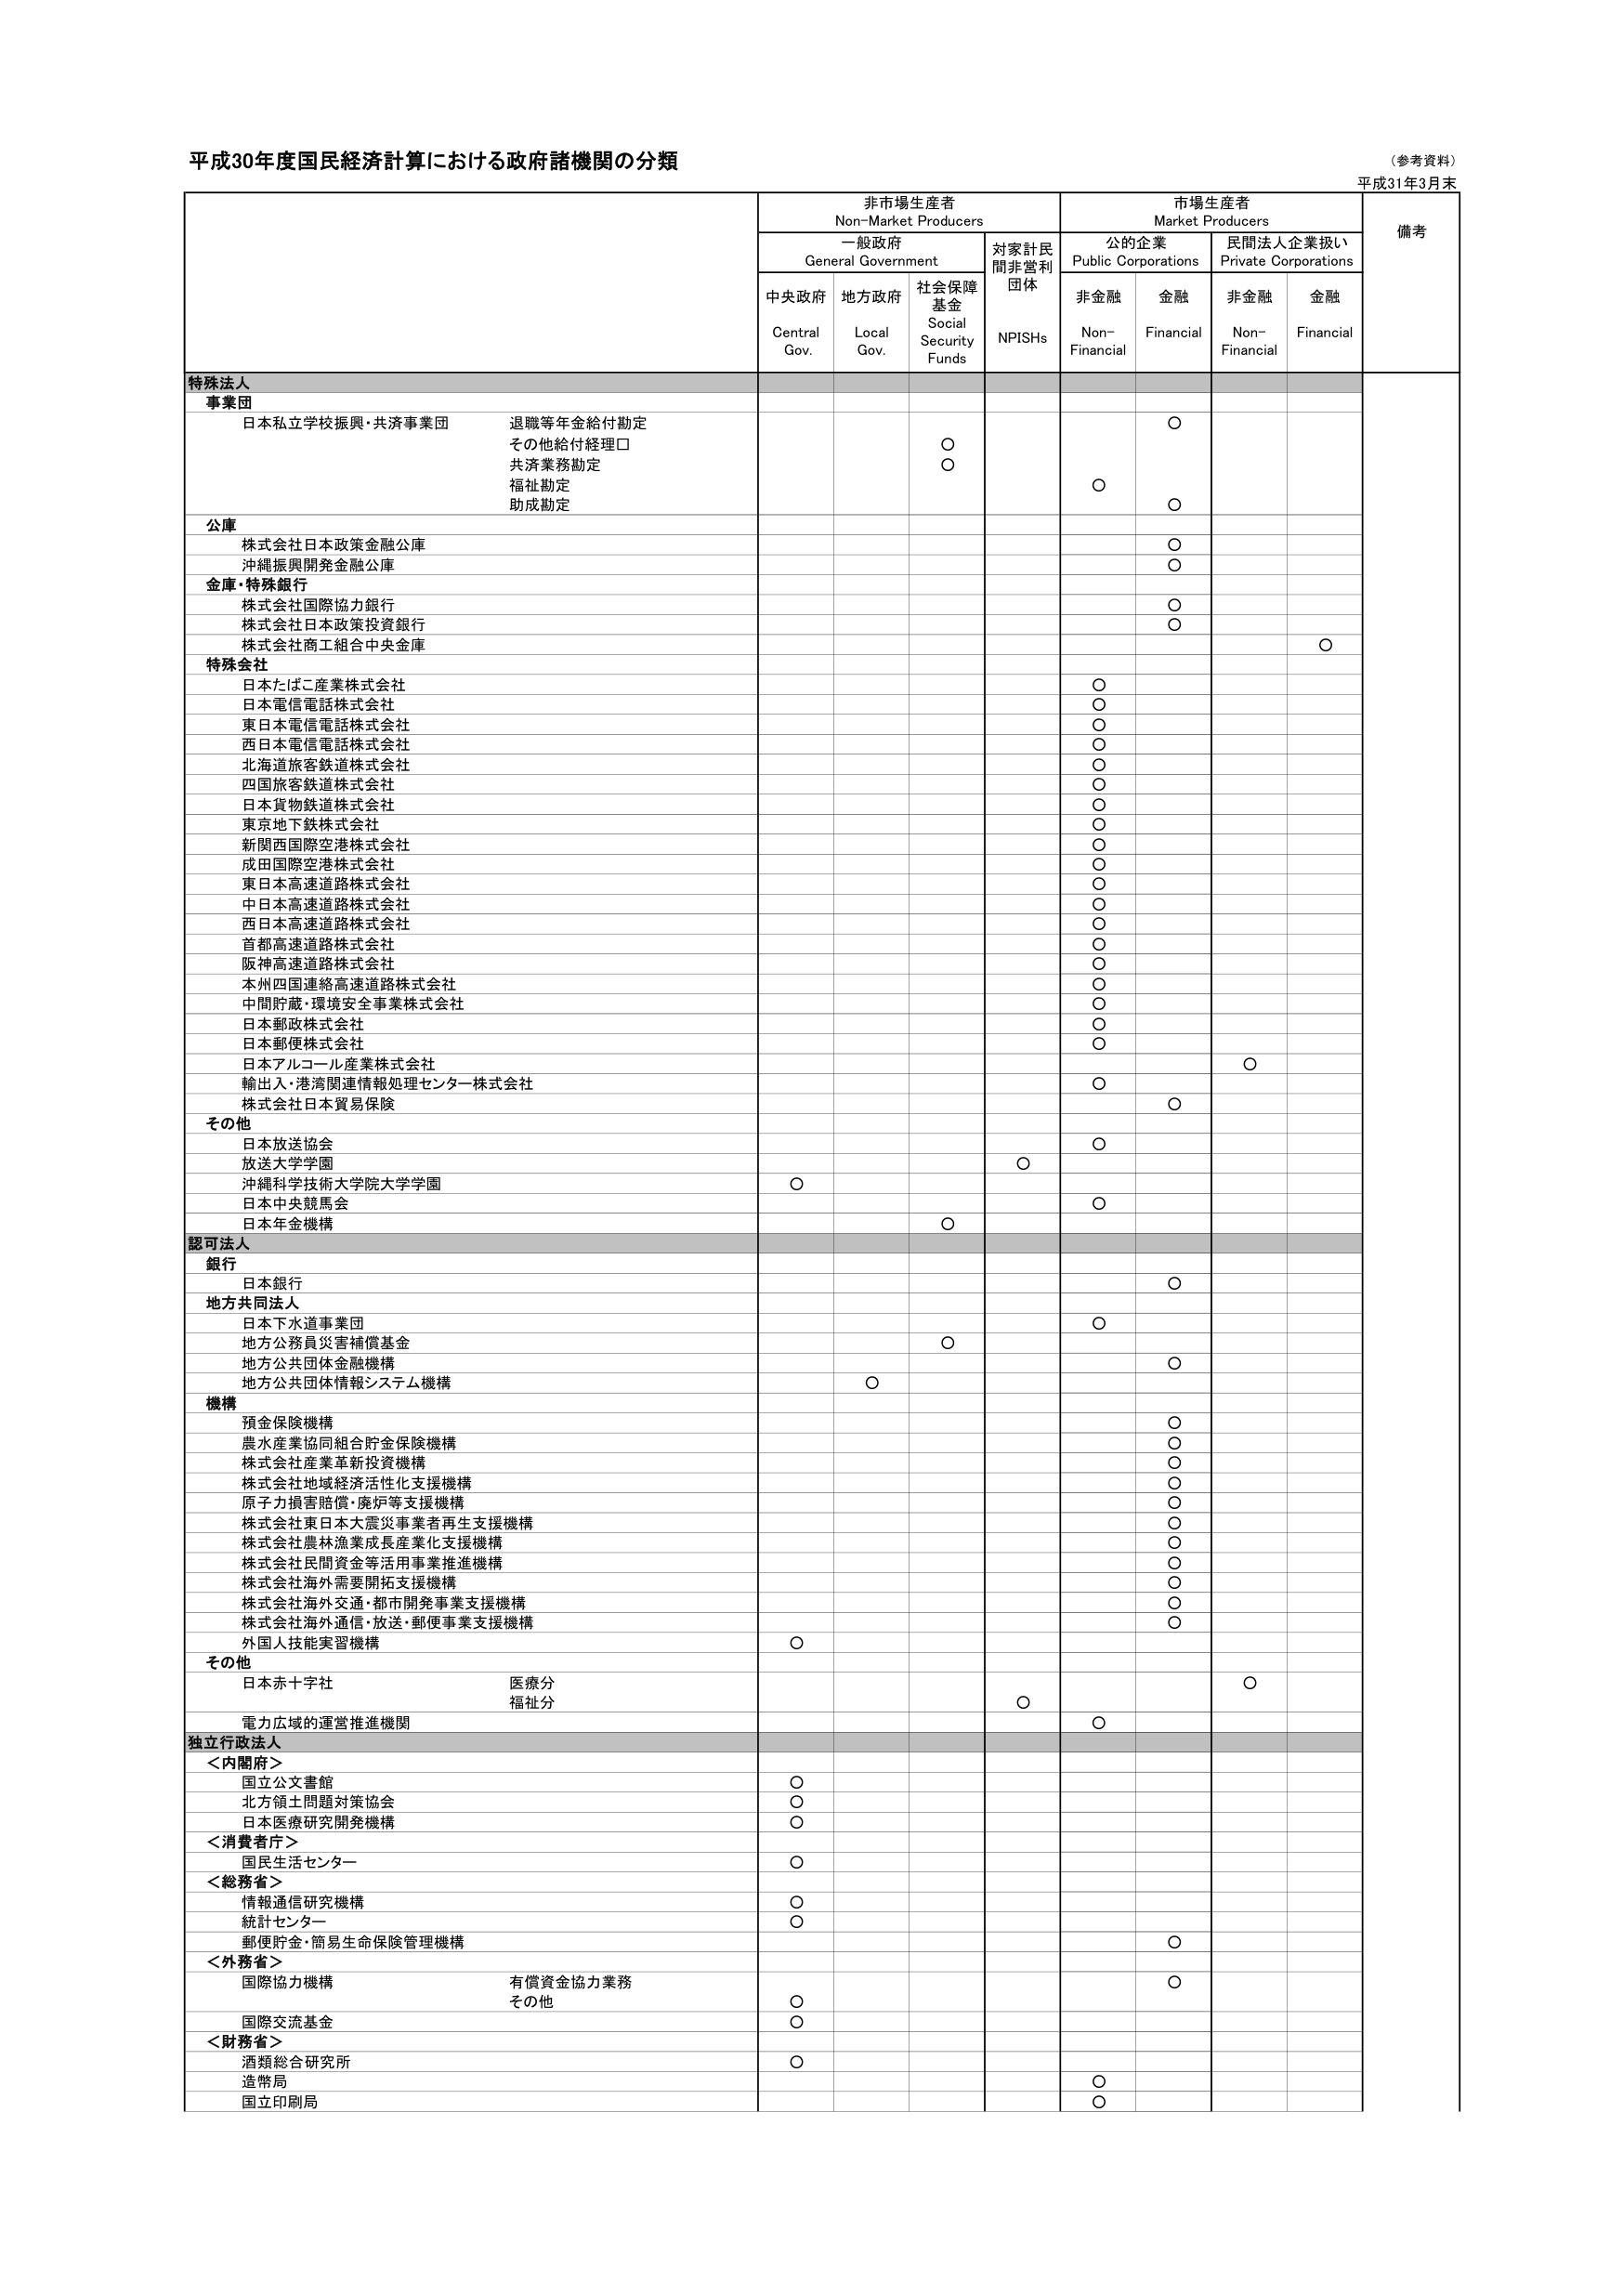
平成30年度国民経済計算における政府諸機関の分類
（参考資料）
平成31年3月末

非市場生産者
Non-Market Producers
市場生産者
Market Producers
備考

一般政府
General Government
対家計民間非営利団体
NPISHs
公の企業
Public Corporations
民間法人企業扱い
Private Corporations

中央政府
Central Gov.
地方政府
Local Gov.
社会保障基金
Social Security Funds
非金融
Non-Financial
金融
Financial
非金融
Non-Financial
金融
Financial

特殊法人
事業団
日本私立学校振興・共済事業団
退職等年金給付勘定
その他給付経理口
共済業務勘定
福祉勘定
助成勘定
○
○
○
○

公庫
株式会社日本政策金融公庫
○
沖縄振興開発金融公庫
○

金庫・特殊銀行
株式会社国際協力銀行
○
株式会社日本政策投資銀行
○
株式会社商工組合中央金庫
○

特殊会社
日本たばこ産業株式会社
○
日本電信電話株式会社
○
東日本電信電話株式会社
○
西日本電信電話株式会社
○
北海道旅客鉄道株式会社
○
四国旅客鉄道株式会社
○
日本貨物鉄道株式会社
○
東京地下鉄株式会社
○
新関西国際空港株式会社
○
成田国際空港株式会社
○
東日本高速道路株式会社
○
中日本高速道路株式会社
○
西日本高速道路株式会社
○
首都高速道路株式会社
○
阪神高速道路株式会社
○
本州四国連絡高速道路株式会社
○
中間貯蔵・環境安全事業株式会社
○
日本郵政株式会社
○
日本郵便株式会社
○
日本アルコール産業株式会社
○
輸出入・港湾関連情報処理センター株式会社
○
株式会社日本貿易保険
○

その他
日本放送協会
○
放送大学学園
○
沖縄科学技術大学院大学学園
○
日本中央競馬会
○
日本年金機構
○

認可法人
銀行
日本銀行
○

地方共同法人
日本下水道事業団
○
地方公務員災害補償基金
○
地方公共団体金融機構
○
地方公共団体情報システム機構
○

機構
預金保険機構
○
農水産業協同組合貯金保険機構
○
株式会社産業革新投資機構
○
株式会社地域経済活性化支援機構
○
原子力損害賠償・廃炉等支援機構
○
株式会社東日本大震災事業者再生支援機構
○
株式会社農林漁業成長産業化支援機構
○
株式会社民間資金等活用事業推進機構
○
株式会社海外需要開拓支援機構
○
株式会社海外交通・都市開発事業支援機構
○
株式会社海外通信・放送・郵便事業支援機構
○
外国人技能実習機構
○

その他
日本赤十字社
医療分
福祉分
○

電力広域的運営推進機関
○

独立行政法人
＜内閣府＞
国立公文書館
○
北方領土問題対策協会
○
日本医療研究開発機構
○
＜消費者庁＞
国民生活センター
○
＜総務省＞
情報通信研究機構
○
統計センター
○
郵便貯金・簡易生命保険管理機構
○
＜外務省＞
国際協力機構
有償資金協力業務
その他
○
○
国際交流基金
○
＜財務省＞
酒類総合研究所
○
造幣局
○
国立印刷局
○